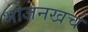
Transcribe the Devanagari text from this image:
भोजनखर्च